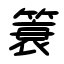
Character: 簑